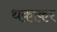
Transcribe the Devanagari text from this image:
थकाकर